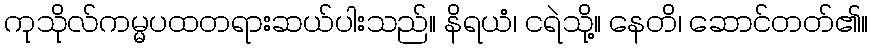
ကုသိုလ်ကမ္မပထတရားဆယ်ပါးသည်။ နိရယံ၊ ငရဲသို့။ နေတိ၊ ဆောင်တတ်၏။